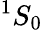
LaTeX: ^{1}S_{0}